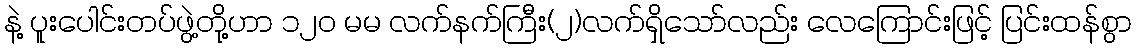
နဲ့ ပူးပေါင်းတပ်ဖွဲ့တို့ဟာ ၁၂၀ မမ လက်နက်ကြီး(၂)လက်ရှိသော်လည်း လေကြောင်းဖြင့် ပြင်းထန်စွာ